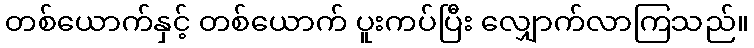
တစ်ယောက်နှင့် တစ်ယောက် ပူးကပ်ပြီး လျှောက်လာကြသည်။